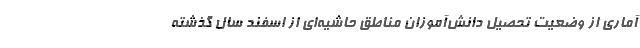
آماری از وضعیت تحصیل دانش‌آموزان مناطق حاشیه‌ای از اسفند سال گذشته